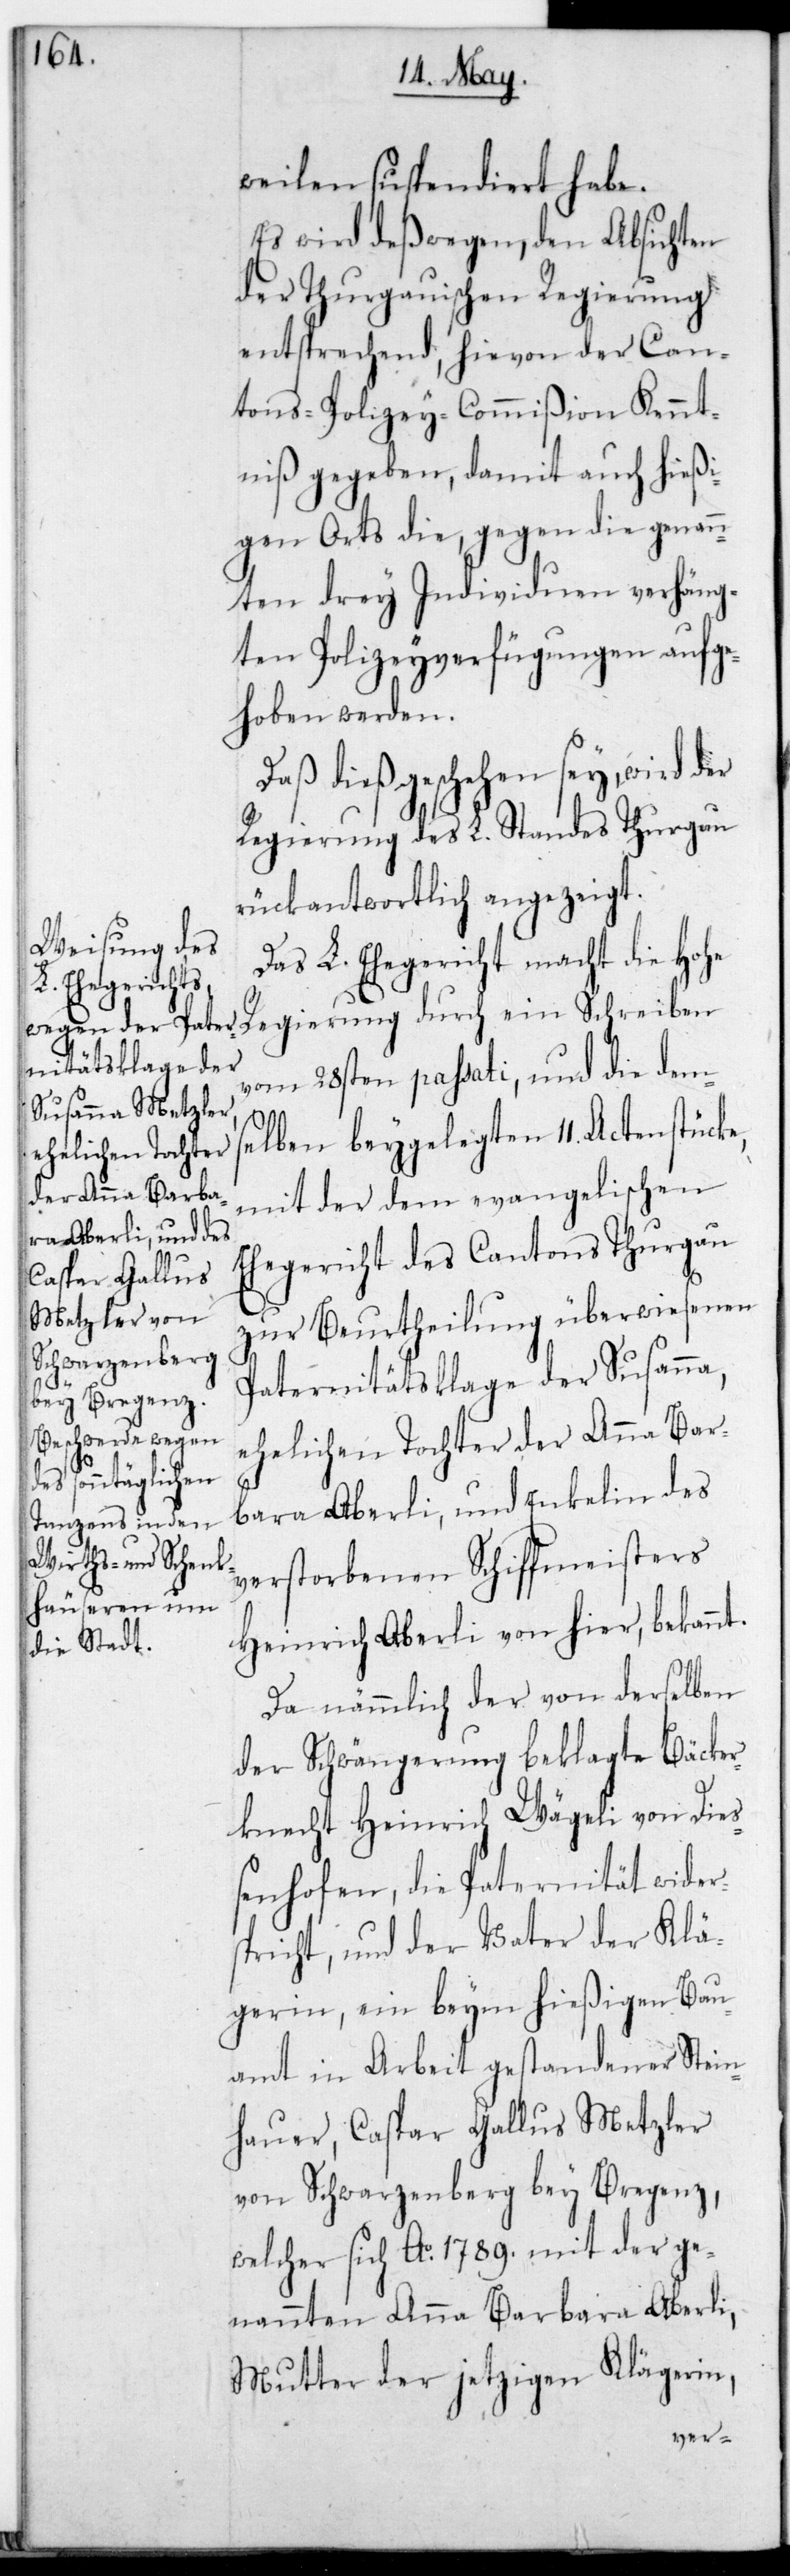
weilen suspendiert habe.
Es wird deßwegen den Absichten
der thurgauischen Regierung
entsprechend, hievon der Can¬
tons-Polizey-Commißion Kennt¬
niß gegeben, damit auch hießi¬
gen Orts die, gegen die genan¬
nten drey Individuen verhäng¬
ten Polizeyverfügungen aufge¬
hoben werden.
Daß dies geschehen sey, wird der
Regierung des L. Standes Thurgau
rückantwortlich angezeigt.
Das L. Ehegericht macht die Hohe
Regierung durch ein Schreiben
vom 28sten passati, und die dems¬
elben beygelegten 11. Actenstücke,
mit der dem evangelischen
Ehegericht des Cantons Thurgau
zur Beurtheilung überwiesenen
Paternitätsklage der Susanna,
ehelichen Tochter der Anna Bar¬
bara Aberli, und Enkelin des
verstorbenen Schiffmeisters
Heinrich Aberli von hier, bekannt.
Da nämmlich der von derselben
der Schwängerung beklagte Bäcker¬
knecht Heinrich Wägeli von Die¬
ßenhofen, die Paternität wider¬
spricht, und der Vater der Klä¬
gerin, ein beym hießigen Bau¬
amt in Arbeit gestandener Stein¬
hauer, Caspar Gallus Metzler
von Schwarzenberg bey Bregenz,
welcher sich Ao. 1789. mit der ge¬
nannten Anna Barbara Aberli,
Mutter der jetzigen Klägerin,